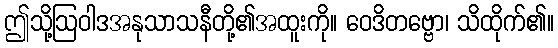
ဤသို့ဩဝါဒအနုသာသနီတို့၏အထူးကို။ ဝေဒိတဗ္ဗော၊ သိထိုက်၏။